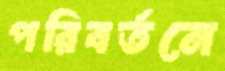
পরিবর্তনে